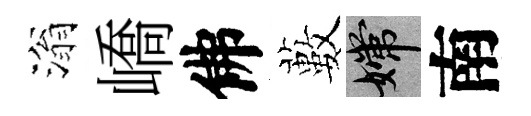
滃嶠佛藪嫦南